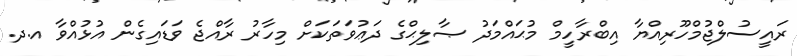
ރައީސުލްޖުމްހޫރިއްޔާ އިބްރާހީމް މުޙައްމަދު ޞާލިޙްގެ ދަޢުވަތަކަށް މިހާރު ރާއްޖެ ވަޑައިގެން އުޅުއްވާ އ.ދ.